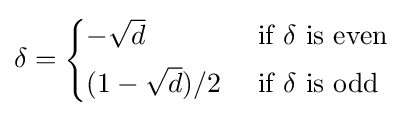
\delta ={\begin{cases}-{\sqrt {d}}&{\text{ if }}\delta {\text{ is even}}\\[1mm](1-{\sqrt {d}})/2&{\text{ if }}\delta {\text{ is odd}}\end{cases}}